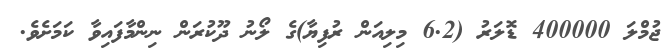
ޖުމްލަ 400000 ޑޮލަރު (6.2 މިލިއަން ރުފިޔާ)ގެ ލޯނު ދޫކުރަން ނިންމާފައިވާ ކަމަށެވެ.